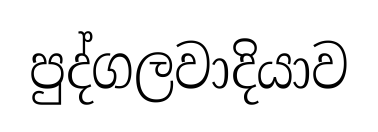
පුද්ගලවාදියාව